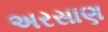
અરસાણ